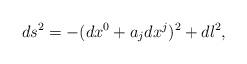
LaTeX: \begin{align*}ds^2=-(dx^0+a_j d x^j)^2+dl^2,\end{align*}